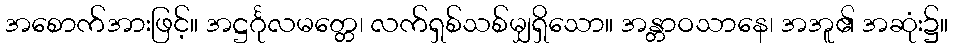
အစောက်အားဖြင့်။ အဋ္ဌင်္ဂုလမတ္တေ၊ လက်ရှစ်သစ်မျှရှိသော။ အန္တာဝသာနေ၊ အအူ၏ အဆုံး၌။